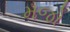
મજો